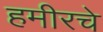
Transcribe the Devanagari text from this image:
हमीरचे